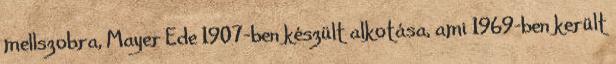
mellszobra, Mayer Ede 1907-ben készült alkotása, ami 1969-ben került